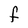
Character: F